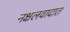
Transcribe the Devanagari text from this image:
नक्षलवादात